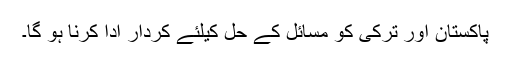
پاکستان اور ترکی کو مسائل کے حل کیلئے کردار ادا کرنا ہو گا۔